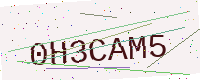
Text: 0H3CAM5